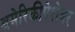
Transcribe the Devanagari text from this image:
अमेरिकीपेशेवर